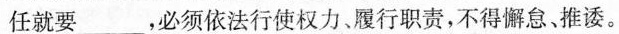
任就要___，必须依法行使权力、履行职责，不得懈怠推诿。